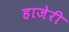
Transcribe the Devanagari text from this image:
हाजेरी